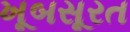
ખૂબસૂરત